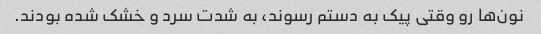
نون‌ها رو وقتی پیک به دستم رسوند، به شدت سرد و خشک شده بودند.